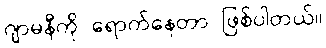
ဂျာမနီကို ရောက်နေတာ ဖြစ်ပါတယ်။